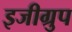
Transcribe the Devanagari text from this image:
इजीग्रुप